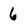
Character: 6